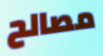
مصالح